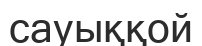
сауыққой